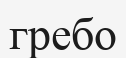
гребо